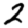
Digit: 2